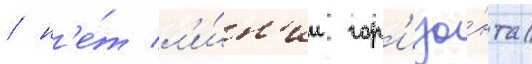
/ н'е́т л'и́н'ии гор'изо́нта